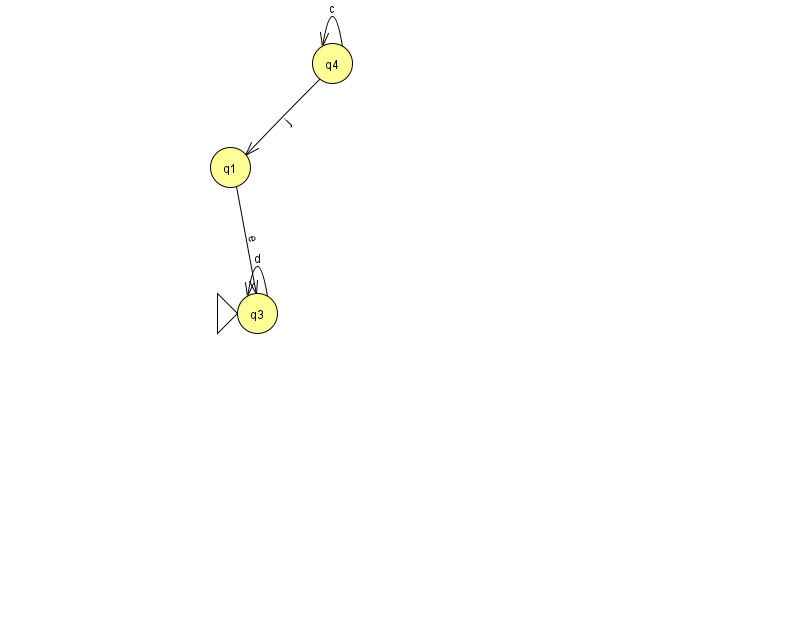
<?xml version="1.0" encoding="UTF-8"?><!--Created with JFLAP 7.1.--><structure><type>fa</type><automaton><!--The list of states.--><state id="1" name="q1"><x>230.0</x><y>154.0</y></state><state id="2" name="q2"><x>830.0</x><y>372.0</y></state><state id="3" name="q3"><x>257.0</x><y>300.0</y><initial/></state><state id="4" name="q4"><x>332.0</x><y>50.0</y></state><!--The list of transitions.--><transition><from>4</from><to>4</to><read>c</read></transition><transition><from>1</from><to>3</to><read>e</read></transition><transition><from>3</from><to>3</to><read>d</read></transition><transition><from>2</from><to>2</to><read>v</read></transition><transition><from>4</from><to>1</to><read>j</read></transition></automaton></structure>